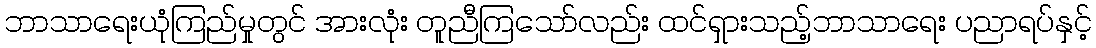
ဘာသာရေးယုံကြည်မှုတွင် အားလုံး တူညီကြသော်လည်း ထင်ရှားသည့်ဘာသာရေး ပညာရပ်နှင့်